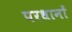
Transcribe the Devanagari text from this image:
परधानों